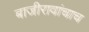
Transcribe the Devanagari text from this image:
बाजीरावांचाच